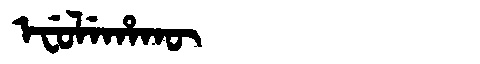
Manchu: ᡝᠸᡠᠯᡝᡥᠠᡴᡡ
Romanization: EFULEHAKŪ